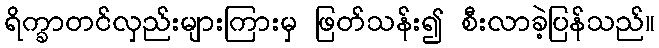
ရိက္ခာတင်လှည်းများကြားမှ ဖြတ်သန်း၍ စီးလာခဲ့ပြန်သည်။